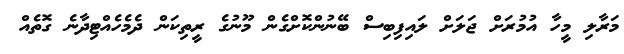
މަރާލި މީހާ އުމުރަށް ޖަލަށް ލައިފިބިސް ބޭނުންކޮށްގެން މޫނުގެ ރީތިކަން ދެމެހެއްޓިދާނެ ގޮތެއް